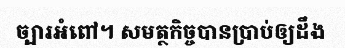
ច្បារអំពៅ។ សមត្ថកិច្ចបានប្រាប់ឲ្យដឹង